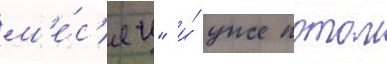
м'е́с'яц" и́ уже потом